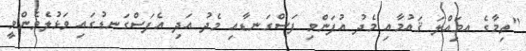
"ތިމާގެ އމަިއްލަ ޤައުމާއި މެދު އުފަންވި ފަސްގަނޑާއި މެދު އަދި އެފަސްގަނޑުގައި ވަޅުލެވެންވީ